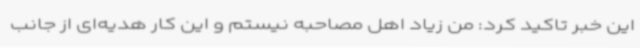
این خبر تاکید کرد: من زیاد اهل مصاحبه نیستم و این کار هدیه‌ای از جانب